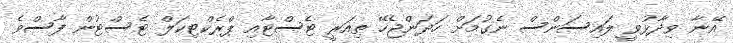
އޭނާ ވިދާޅުވީ ލައިސަންސް ނެގުމަށް ހަދަންޖެހޭ ތިއަރީ ޓެސްޓާއި ޕްރެކްޓިކަލް ޓެސްޓުން ފާސްވެ